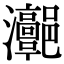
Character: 𤅻